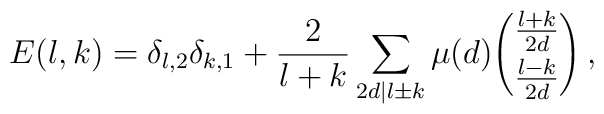
E(l,k)=\delta_{l,2}\delta_{k,1}+\frac{2}{l+k}\sum_{2d|l\pm k}\mu(d){\frac{l+k}{2d}\choose\frac{l-k}{2d}}\,,